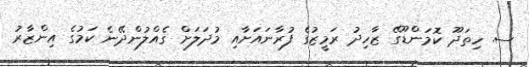
ސ. ހިތަދޫ ކޮމަންޑޫގޭ ޒާހިދު ރަމީޒުގެ ފުރާނައަށާއި މުދަލަށް ގެއްލުންދޭނެ ކަމުގެ އިންޒާރު